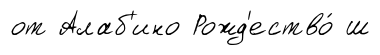
от Алаб'ино Рожд'ество́ ш